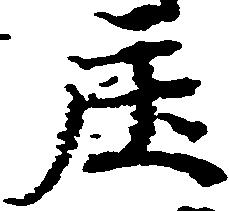
庄